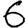
Digit: 6